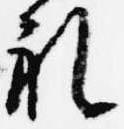
礼